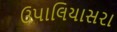
ઉપાલિયાસરા